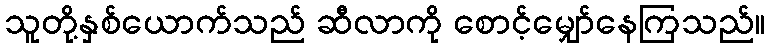
သူတို့နှစ်ယောက်သည် ဆီလာကို စောင့်မျှော်နေကြသည်။